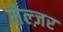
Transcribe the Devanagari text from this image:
मेल्ज़र